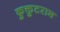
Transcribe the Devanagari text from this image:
कुक्तुटराम